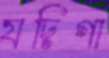
যদিগা